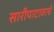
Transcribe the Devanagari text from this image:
सारीपाटावरचे